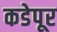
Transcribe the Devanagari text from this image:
कडेपूर